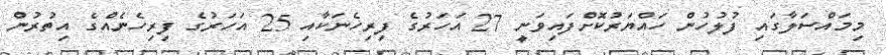
މިމައްސަލާގައި ފުލުހުން ހައްޔަރުކޮށްފައިވަނީ 27 އަހަރުގެ ފިރިހެނަކާއި 25 އަހަރުގެ ފިރިހެނެއްގެ އިތުރުން